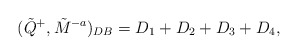
\begin{align*}(\tilde{Q}^{+},\tilde{M}^{-a})_{DB} =D_{1}+D_{2}+D_{3}+D_{4},\end{align*}